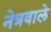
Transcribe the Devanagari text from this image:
नेत्रवाले